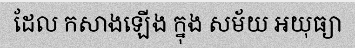
ដែល កសាងឡើង ក្នុង សម័យ អយុធ្យា